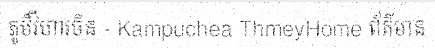
ភូមិវិហារចិន - Kampuchea ThmeyHome ព័ត៌មាន